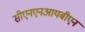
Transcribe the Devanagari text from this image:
सीएनएनआयबीएन